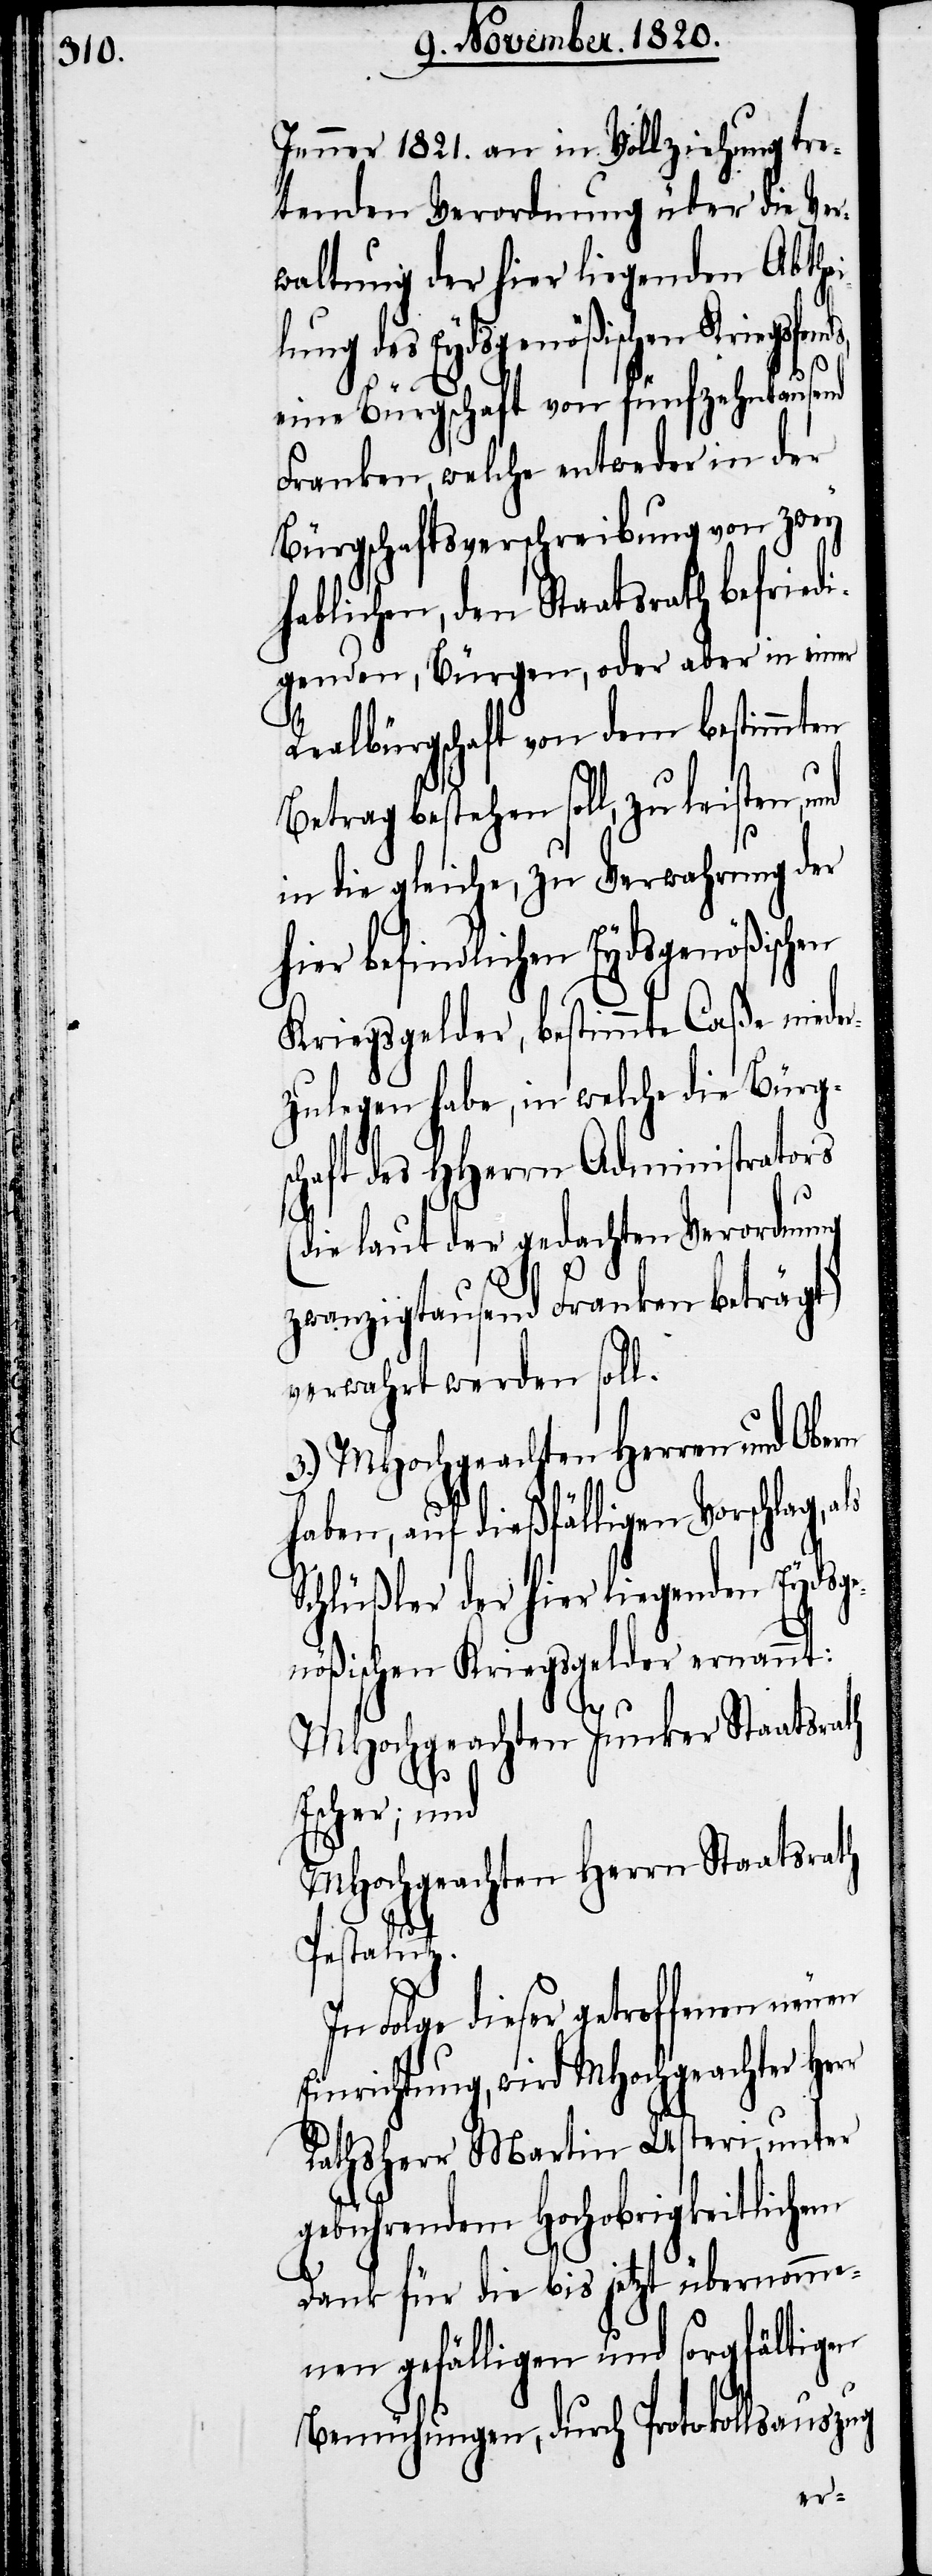
Jenner 1821. an in Vollziehung tre¬
tenden Verordnung über die Ver¬
waltung der hier liegenden Abthe¬
ilung des Eydsgenößischen Kriegsfond¬
r
eine Bürgschaft von fünfzehntausend
Franken, welche entweder in der
Bürgschaftsverschreibung von zwey
hablichen, den Staatsrath befrie¬
digenden, Bürgen, oder aber in einer
Realbürgschaft von dem bestimmten
bestehen soll, zu leisten,
in die gleiche, zu Verwahrung der
hier befindlichen Eydsgenößisch¬
Kriegsgelder, bestimmte Caße niede¬
rzulegen habe, in welche die Bürgs¬
chaft des HHerrn Administrators
ie laut der gedachten Verordnung
zwanzigtausend Franken beträgt)
verwahrt werden soll.
3.) MHochgeachten Herren und Obern
haben, auf dießfälligen Vorschlag,
Schlüßler der hier liegenden Eydsg¬
enößischen Kriegsgelder ernannt:
MHochgeachten Junker Staatsrath
Escher, und
MHochgeachten Herrn Staatsrath
Pestalutz.
In Folge dieser getroffenen neuen
Einrichtung, wird MHochgeachter Her¬
Rathsherr Martin Usteri, unter
gebührendem Hochobrigkeitlichen
Dank für die bis jetzt übernomme¬
nen gefälligen und sorgfältigen
Bemühungen, durch Protokollsauszug